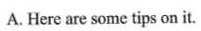
A. Here are some tips on it.